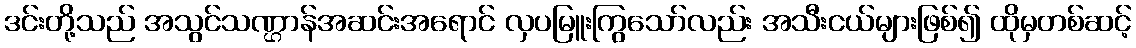
ဒင်းတို့သည် အသွင်သဏ္ဌာန်အဆင်းအရောင် လှပမြူးကြွသော်လည်း အသီးငယ်များဖြစ်၍ ထိုမှတစ်ဆင့်